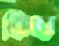
কিবা